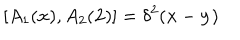
LaTeX: [ A _ { 1 } ( { \bf x } ) , A _ { 2 } ( { \bf 2 } ) ] = \delta ^ { 2 } ( { \bf x } - { \bf y } )